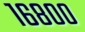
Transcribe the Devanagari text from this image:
१६८००